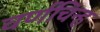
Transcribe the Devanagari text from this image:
वर्णचिन्ह